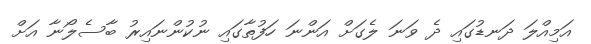
އަމިއްލަ ދަނޑުގައި ދެ ވަނަ ލެގަށް އަންނަ ހަފުތާގައި ނުކުންނައިރު ބާސެލޯނާ އަށް